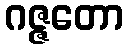
ဂဇ္ဇတော